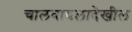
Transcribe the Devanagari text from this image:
चालवायलादेखील